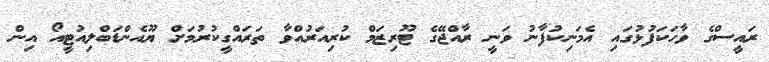
ރައީސްގެ ވާހަކަފުޅުގައި އެމަނިކުފާނު ވަނީ ރާއްޖޭގެ ޓޫރިޒަމް ކުރިއަރުއްވާ ތަަރައްގީކުރުމަށް ޔޫއެންޑަބްލިއުޓީއޯ އިން